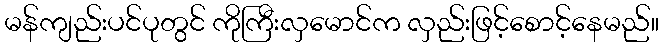
မန်ကျည်းပင်ပုတွင် ကိုကြီးလှမောင်က လှည်းဖြင့်စောင့်နေမည်။